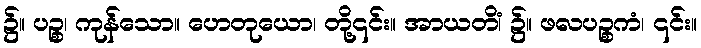
၌။ ပဉ္စ၊ ကုန်သော။ ဟေတုယော၊ တို့၎င်း။ အာယတိံ၊ ၌။ ဖလပဉ္စကံ၊ ၎င်း။